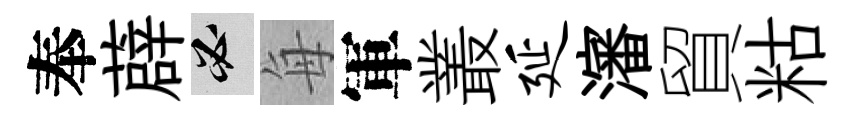
奉薜必每軍叢延瀋貿䊀